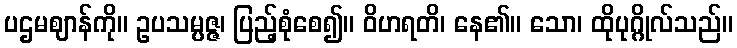
ပဌမဈာန်ကို။ ဥပသမ္ပဇ္ဇ၊ ပြည့်စုံစေ၍။ ဝိဟရတိ၊ နေ၏။ သော၊ ထိုပုဂ္ဂိုလ်သည်။